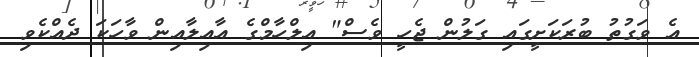
އެ ވަގުތު ބުރަކަށީގައި ގަލުން ޖެހީ ވެސް" އިލްހާމްގެ އާއިލާއިން ވާހަކަ ދެއްކެވި